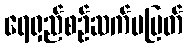
ရေရှည်စဉ်ဆက်မပြတ်